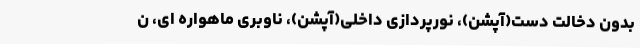
بدون دخالت دست(آپشن)، نورپردازی داخلی(آپشن)، ناوبری ماهواره ای، ن